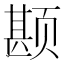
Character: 𲊾